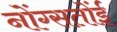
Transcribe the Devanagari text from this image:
नोंग्सतोंई